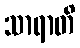
သာရာတိ